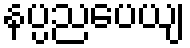
နပ္ပညပေယျ